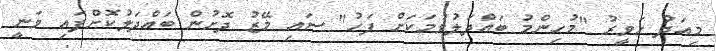
މިއަދު ހަވީރު "މުހިންމު ބައްދަލުވުމަކަށް ފަހު" ސައި މޭޒު ދޮށުން ބައްދަލުކޮށްފައި ވަނީ